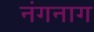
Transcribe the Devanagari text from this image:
नंगनाग